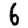
Digit: 6